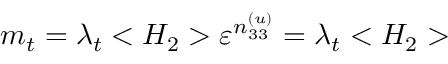
m _ { t } = \lambda _ { t } < H _ { 2 } > \varepsilon ^ { n _ { 3 3 } ^ { ( u ) } } = \lambda _ { t } < H _ { 2 } >